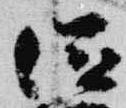
滋